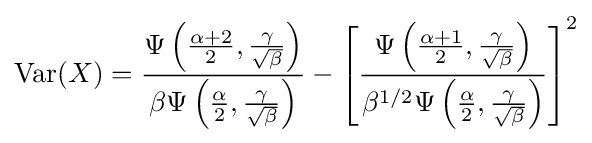
\operatorname {Var} (X)={\frac {\Psi \left({\frac {\alpha +2}{2}},{\frac {\gamma }{\sqrt {\beta }}}\right)}{\beta \Psi \left({\frac {\alpha }{2}},{\frac {\gamma }{\sqrt {\beta }}}\right)}}-\left[{\frac {\Psi \left({\frac {\alpha +1}{2}},{\frac {\gamma }{\sqrt {\beta }}}\right)}{\beta ^{1/2}\Psi \left({\frac {\alpha }{2}},{\frac {\gamma }{\sqrt {\beta }}}\right)}}\right]^{2}